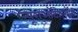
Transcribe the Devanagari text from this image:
न्यूराऑटोलॉजी